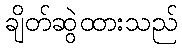
ချိတ်ဆွဲထားသည်